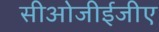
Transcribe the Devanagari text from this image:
सीओजीईजीए